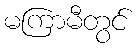
မကြာမီတွင်